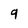
Character: q